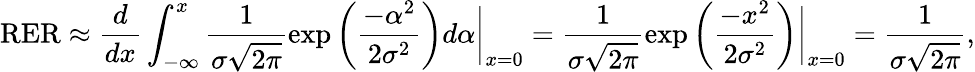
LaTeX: \mathrm{RER}\approx\frac{d}{dx}\int_{-\infty}^{x}\frac{1}{\sigma\sqrt{2\pi}}\exp\left(\frac{-\alpha^{2}}{2\sigma^{2}}\right)d\alpha\bigg\rvert_{x=0}=\frac{1}{\sigma\sqrt{2\pi}}\exp\left(\frac{-x^{2}}{2\sigma^{2}}\right)\bigg\rvert_{x=0}=\frac{1}{\sigma\sqrt{2\pi}},